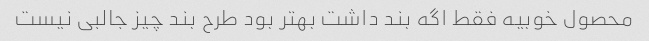
محصول خوبیه فقط اگه بند داشت بهتر بود طرح بند چیز جالبی نیست